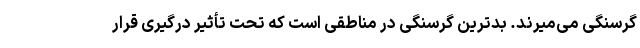
گرسنگی می‌میرند. بدترین گرسنگی در مناطقی است که تحت تأثیر درگیری قرار